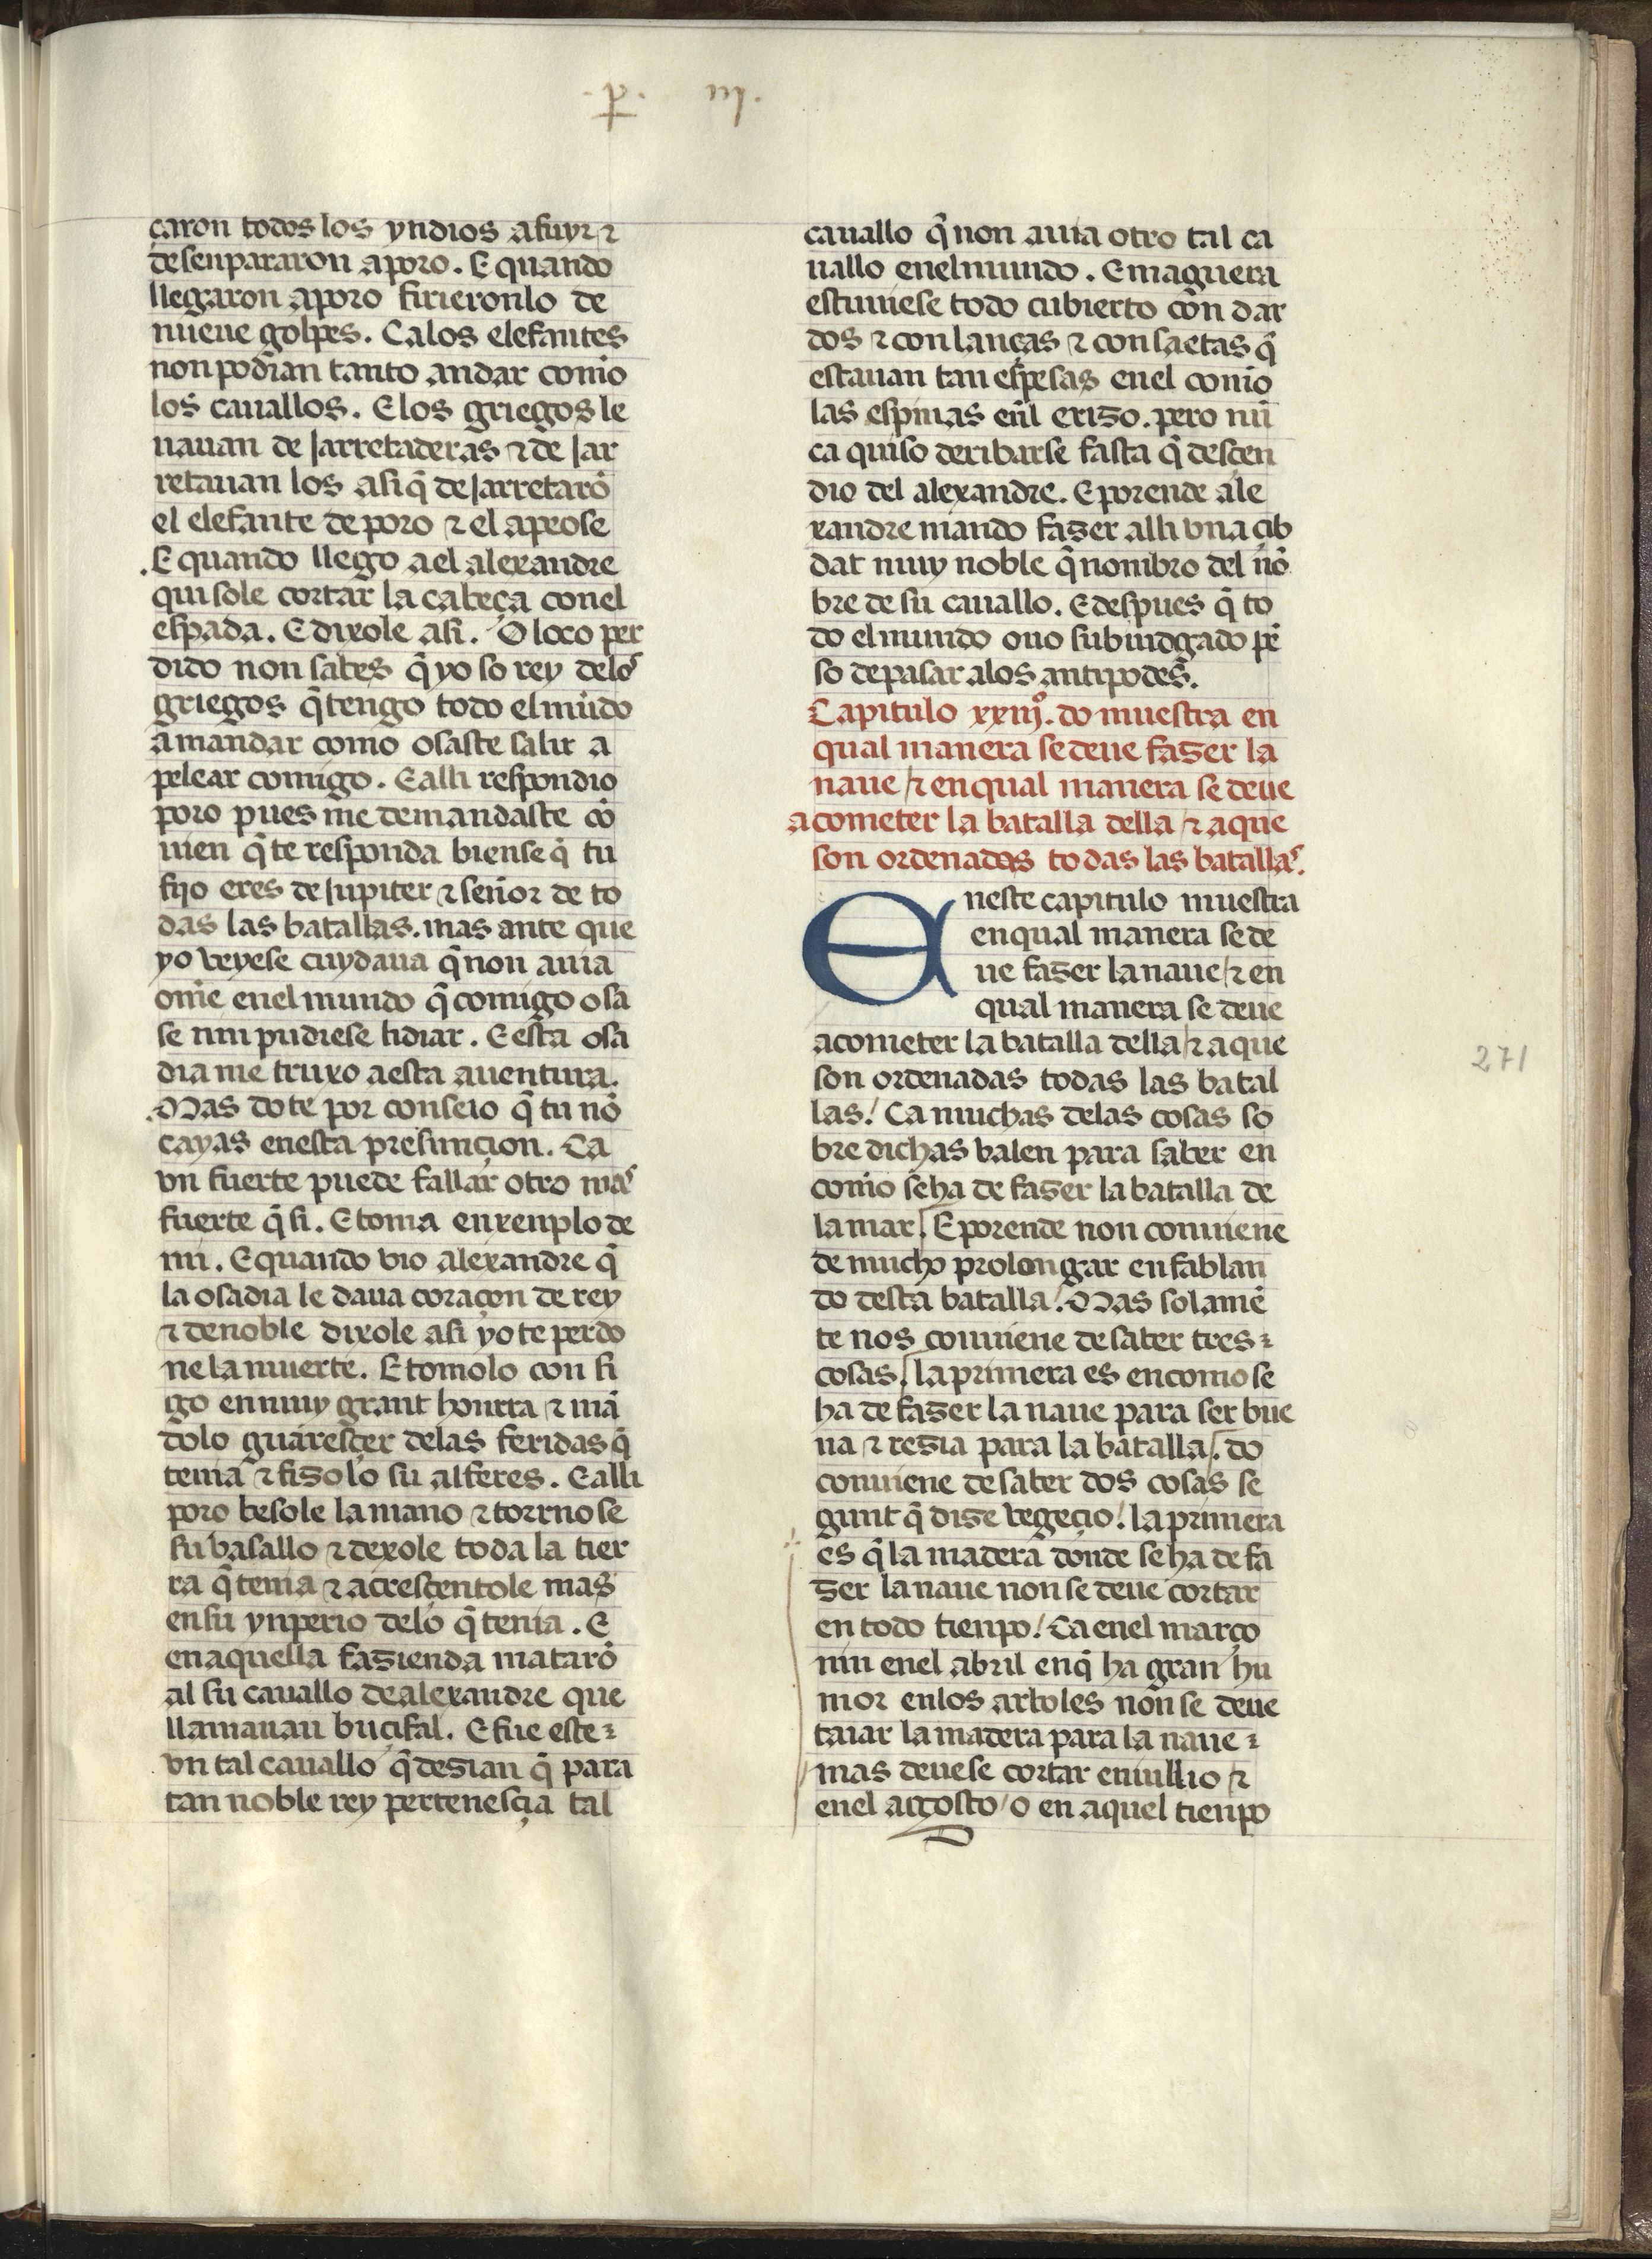
Shelfmark: Madrid, Fundación Lázaro Galdiano, mss 289
Century: 15